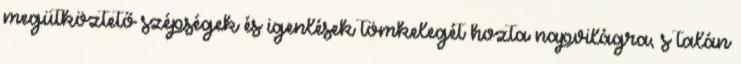
megütköztető szépségek és igenlések tömkelegét hozta napvilágra, s talán